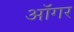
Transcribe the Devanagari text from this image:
ऑगर